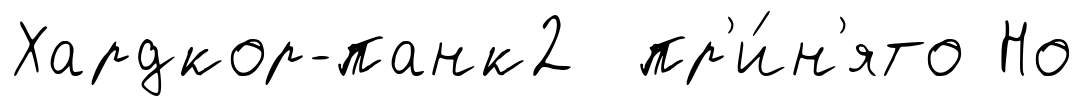
Хардкор-панк2 пр'и́н'ято Но